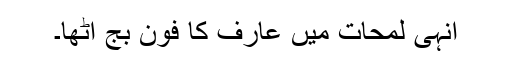
انہی لمحات میں عارف کا فون بج اٹھا۔